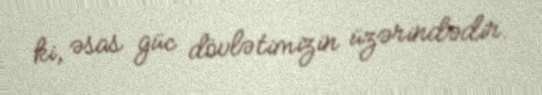
ki, əsas güc dövlətimizin üzərindədir.